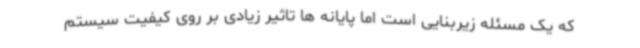
که یک مسئله زیربنایی است اما پایانه ها تاثیر زیادی بر روی کیفیت سیستم